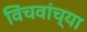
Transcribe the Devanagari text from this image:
विंचवांच्या